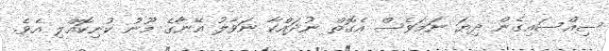
ސިއްސައިގެން ދިޔަ ނަމަވެސް އެގޮތް ނުދައްކާ ނަވާލު އޭނާގެ މޫނު ކުނިކޮއްލި އެވެ.